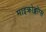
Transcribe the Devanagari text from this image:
माइक्रोब्लॉग्स